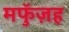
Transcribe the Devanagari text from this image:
मफुॅज़ह